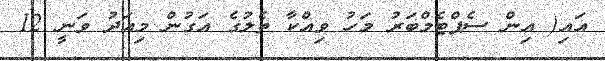
އައި( އިން ސެޕްޓެމްބަރު މަހު ވިއްކާ ތެލުގެ އަގުން މިއަދު ވަނީ 12